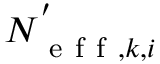
N _ { \mathrm { ~ e ~ f ~ f ~ } , k , i } ^ { ' }